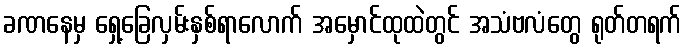
ခဏနေမှ ရှေ့ခြေလှမ်းနှစ်ရာလောက် အမှောင်ထုထဲတွင် အသံဗလံတွေ ရုတ်တရက်